Annual vaccination report of Bihar and Orissa - 1911-1928
Year: 1911
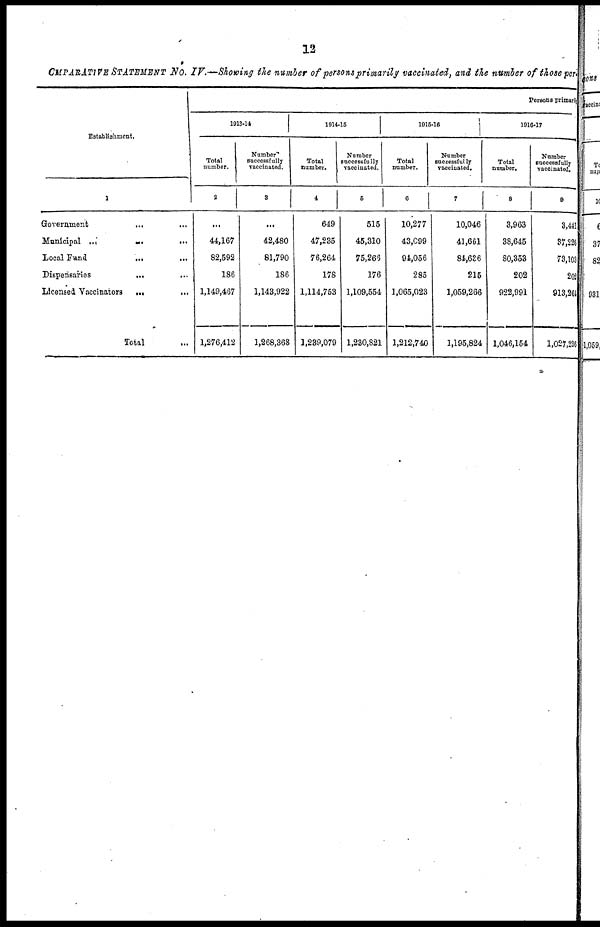
12
CMPARATIVE STATEMENT No. IV.—Showing the number of persons primarily vaccinated, and the number of those per
Establishment.
1
Government
...
...
Municipal ...
...
...
Local Fund
... ...
Dispensaries
...
...
Licensed Vaccinators
...
...
Total ...
Persons primarily
1913-14
Total
number.
2
...
44,167
82,592
186
1,149,467
1,276,412
Number
successfully
vaccinated.
3
...
42,480
81,790
186
1,143,922
1,268,368
1914-15
Total
number.
4
649
47,235
76,264
178
1,114,753
1,239,079
Number
successfully
vaccinated.
5
515
45,310
75,266
176
1,109,554
1,230,821
1915-16
Total
number.
6
10,277
43,099
94,056
285
1,065,023
1,212,740
Number
successfully
vaccinated.
7
10,046
41,661
84,636
215
1,059,266
1,195,824
1916-17
Total
number.
8
3,963
38,645
80,353
202
922,991
1,046,154
Number
successfully
vaccinated.
9
3,441
37,226
73,103
202
913,264
1,027,236